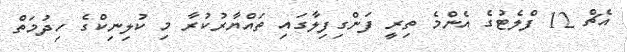
އެޗް 12 ފްލެޓުގެ އެންމެ ތިރީ ފަންގިފިލާގައި ތައްޔާރުކުރާ މި ކުލިނިކްގެ ހިދުމަތް